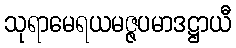
သုရာမေရယမဇ္ဇပမာဒဋ္ဌာယီ